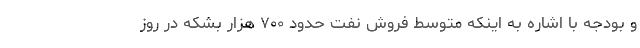
و بودجه با اشاره به اینکه متوسط فروش نفت حدود ۷۰۰ هزار بشکه در روز